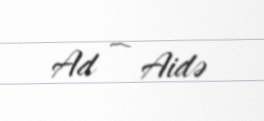
Ad — Aidə